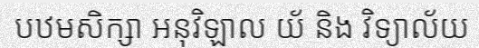
បឋមសិក្សា អនុវិឡាល យ័ និង វិទ្យាល័យ